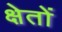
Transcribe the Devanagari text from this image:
क्षेतों